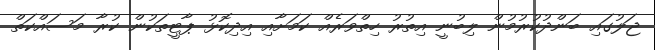
ޖަލުގައި ބަންދުކުރުމުން ލިބުނީ އިތުރު ހިތްވަރެއް ކަމަށާއި އިދިކޮޅު ޕާޓީތަކުން ކުރާ މަސައްކަތް